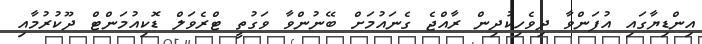
އިންޑިޔާގައި އުފަންވާ ދިވެހިކުދިން ރާއްޖެ ގެނައުމަށް ބޭނުންވާ ވަގުތީ ޓްރެވަލް ޑޮކިއުމަންޓް ދޫކުރުމާއި